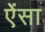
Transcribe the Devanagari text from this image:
ऐंसा